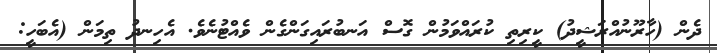
ދެން (ހާރޫނުއްރަޝީދު) ކީރިތި ކުރައްވަމުން ގޮސް އަނބުރައިގަންގެން ވެއްޓުނެވެ. އެހިނދު ތިމަން (އެބަހީ: